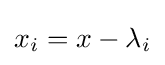
x_{i}=x-\lambda _{i}